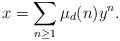
LaTeX: \begin{align*}x = \sum_{n \geq 1} \mu_d(n)y^n.\end{align*}